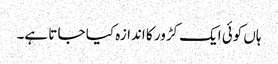
ہاں کوئی ایک کڑور کا اندازہ کیا جا تا ہے۔